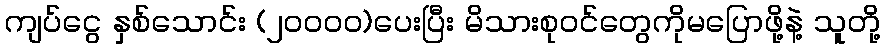
ကျပ်ငွေ နှစ်သောင်း (၂၀၀၀၀)ပေးပြီး မိသားစုဝင်တွေကိုမပြောဖို့နဲ့ သူတို့